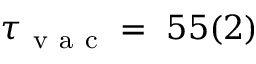
\tau _ { \mathrm { ~ v ~ a ~ c ~ } } = ~ 5 5 ( 2 )